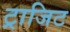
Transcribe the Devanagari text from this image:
ट्राजिट